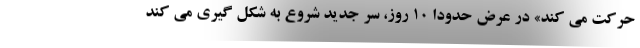
حرکت می کند» در عرض حدودا 10 روز، سر جدید شروع به شکل گیری می کند